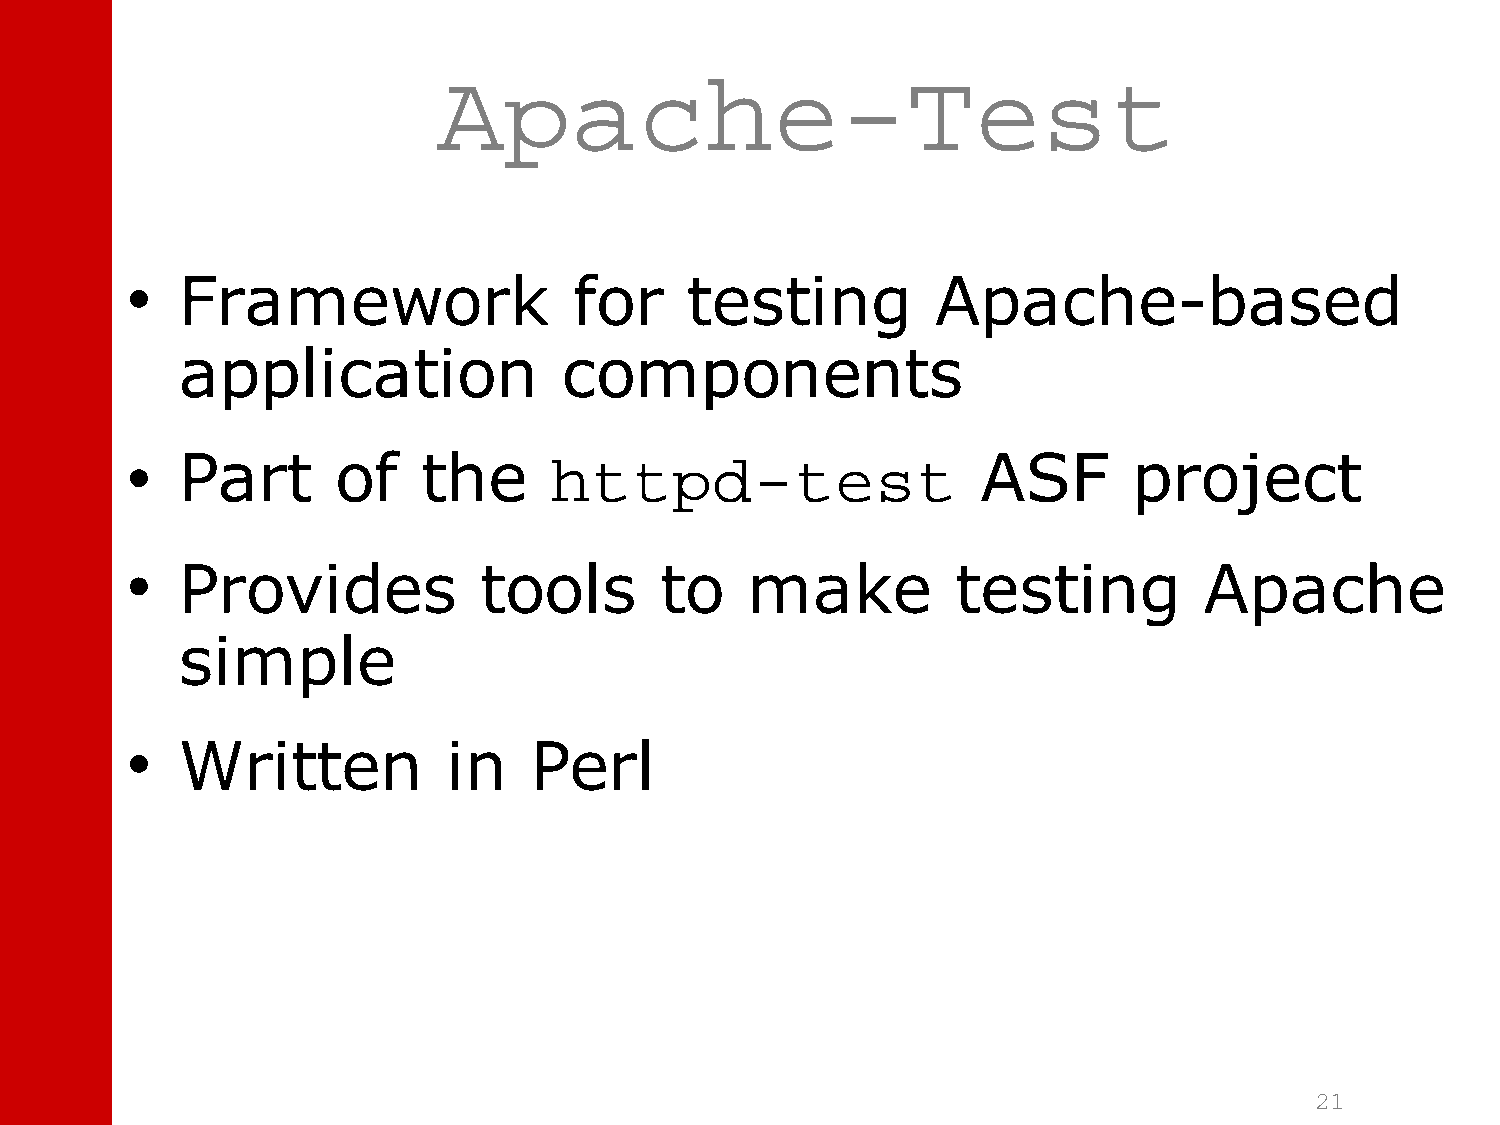
Apache-Test
 •   Framework                 for    testing          Apache-based
 application              components
 •   Part      of    the     httpd-test                   ASF       project
 •   Provides            tools       to   make          testing          Apache
 simple
 •   Written           in   Perl
 21